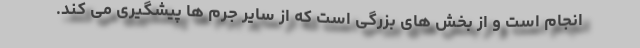
انجام است و از بخش های بزرگی است که از سایر جرم ها پیشگیری می کند.